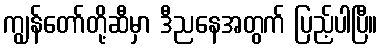
ကျွန်တော်တို့ဆီမှာ ဒီညနေအတွက် ပြည့်ပါပြီ။